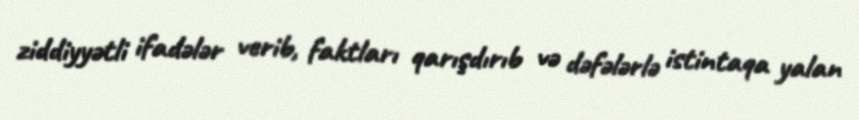
ziddiyyətli ifadələr verib, faktları qarışdırıb və dəfələrlə istintaqa yalan